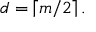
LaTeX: d = \left\lceil m / 2 \right\rceil .